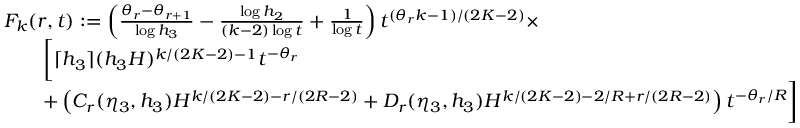
\begin{array} { r l } & { F _ { k } ( r , t ) : = \left( \frac { \theta _ { r } - \theta _ { r + 1 } } { \log h _ { 3 } } - \frac { \log h _ { 2 } } { ( k - 2 ) \log t } + \frac { 1 } { \log t } \right) t ^ { ( \theta _ { r } k - 1 ) / ( 2 K - 2 ) } \times } \\ & { \qquad \bigg [ \lceil h _ { 3 } \rceil ( h _ { 3 } H ) ^ { k / ( 2 K - 2 ) - 1 } t ^ { - \theta _ { r } } } \\ & { \qquad + \left( C _ { r } ( \eta _ { 3 } , h _ { 3 } ) H ^ { k / ( 2 K - 2 ) - r / ( 2 R - 2 ) } + D _ { r } ( \eta _ { 3 } , h _ { 3 } ) H ^ { k / ( 2 K - 2 ) - 2 / R + r / ( 2 R - 2 ) } \right) t ^ { - \theta _ { r } / R } \bigg ] } \end{array}